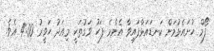
ފޯމް ހުށައެޅުމަށް ކަނޑައަޅާފައިވާ އެންމެ ފަހު ވަގުތަކީ މިއަދު ހަވީރު 4:00 އެވެ.